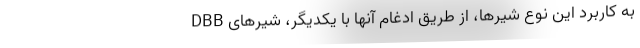
به کاربرد این نوع شیرها، از طریق ادغام آنها با یکدیگر، شیرهای DBB